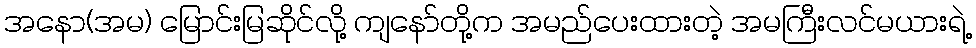
အနော(အမ) မြောင်းမြဆိုင်လို့ ကျနော်တို့က အမည်ပေးထားတဲ့ အမကြီးလင်မယားရဲ့